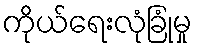
ကိုယ်ရေးလုံခြုံမှု